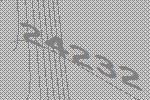
24232